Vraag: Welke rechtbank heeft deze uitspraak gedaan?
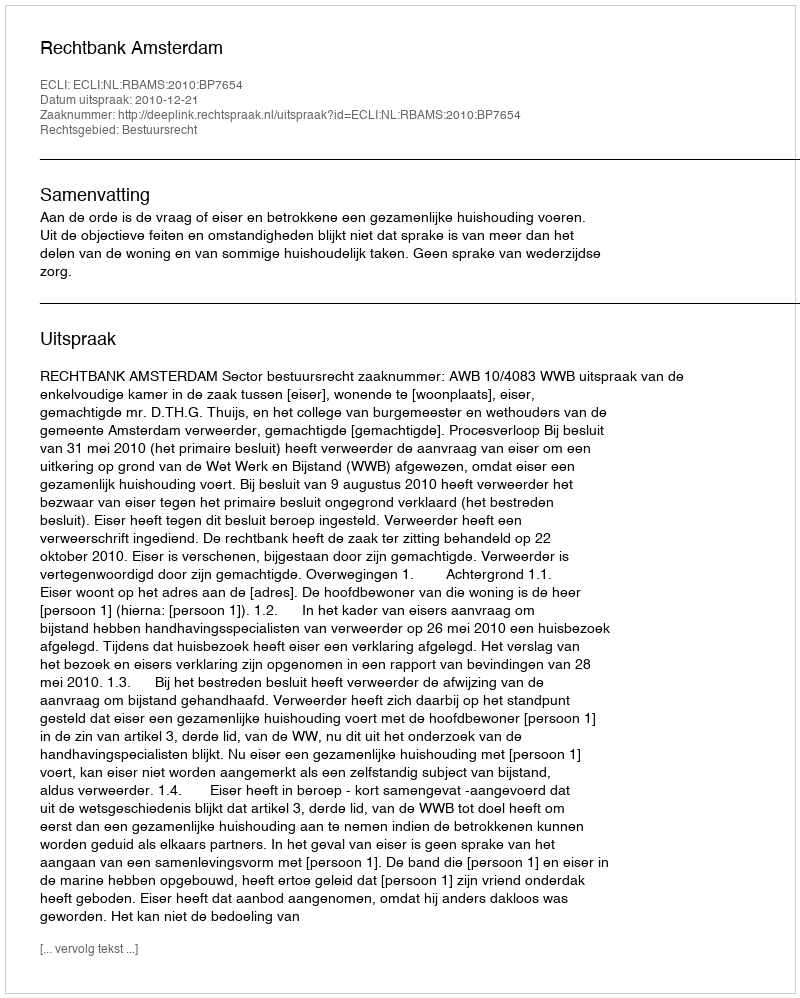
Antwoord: Rechtbank Amsterdam